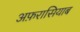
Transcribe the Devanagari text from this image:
अफ़रासियाब